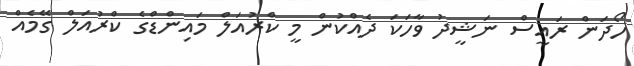
ހޯދަން ރައީސް ނަޝީދު ވާހަކަ ދެއްކުން މީ ކްރުއަލް މައިންޑްގެ ކްރުއަލް ގޭމެއް